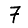
Digit: 7